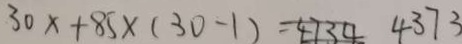
3 0 x + 8 5 \times ( 3 0 - 1 ) = 4 3 7 3